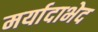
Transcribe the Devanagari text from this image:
मर्यादाभेद